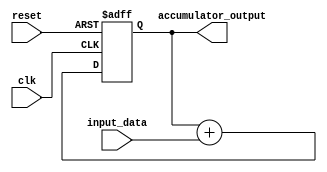
module accumulator(
    input wire clk,
    input wire reset,
    input wire [7:0] input_data,
    output reg [15:0] accumulator_output
);

reg [15:0] accumulator_reg;

always @ (posedge clk or posedge reset) begin
    if (reset) begin
        accumulator_reg <= 16'b0; // Initial accumulator value
    end else begin
        accumulator_reg <= accumulator_reg + input_data;
    end
end

assign accumulator_output = accumulator_reg;

endmodule